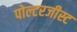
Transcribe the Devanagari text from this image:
पोल्टरजीस्ट